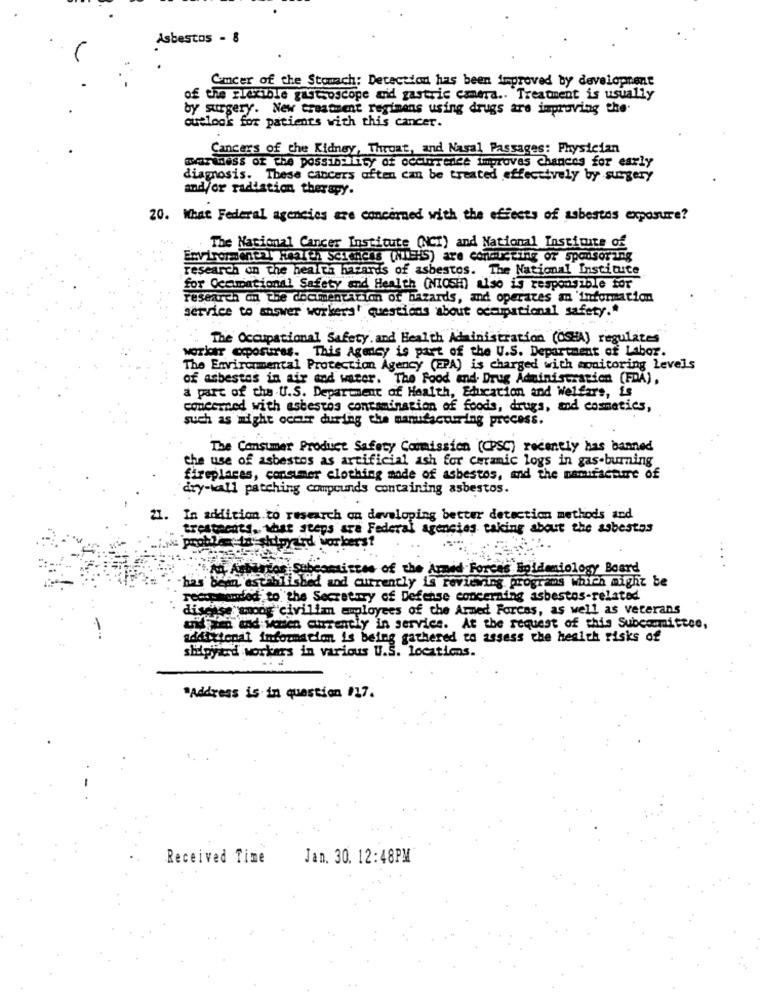
Asbestos - 8
Cancer of the Stomach: Detection has been improved by development
of the Flexible gastroscope aid gastric camera .. Treatment is usually
by surgery. New treatment regimens using drugs are improving the.
outlook for patients with this cancer.
Cancers of the Kidney, Throat, and Nasal Passages: Physician
DATADeSS OF the possibility of occurrence improves chances for early
diagnosis. These cancers often can be treated effectively by surgery
and/or radiation therapy.
20. What Federal agencies are concerned with the effects of asbestos exposure?
The National Cancer Institute (NCI) and National Institute of
Environmental Health sciences (NIEHS) are concreting of sponsoring
research on the health hazards of asbestos. The National Institute
for Ccmmational Safety and Health (NiosH) also is responsible for
research on the documentation of hazards, and operates an 'information
service to answer workers' questions about occupational safety .*
The Occupational Safety and Health Administration (OCHA) regulares
workar exposures. This Agency is part of the U.S. Department of Labor.
The Environmental Protection Agency (EPA) is charged with monitoring Levels
of asbestes in air cod water. The Food and Drug Administration (FDA),
a part of the U.S. Department of Health, Education and Welfare, is
concerned with asbestos contamination of foods, drugs, and cosmetics,
such as might ochir during the manufacturing process.
The Consumer Product Safety Commission (CPSC) recently has banned
the use of asbestos as artificial ash for ceramic logs in gas-burning
fireplaces, consumer clothing made of asbestos, and the manufacture of
dry-wall patching compounds containing asbestos.
21.
In addition to research on developing better detection methods and
treatments. what steps are Federal agencies taking about the asbestos
ix problemashipyard workers?
An Artistos Subcommittee of the Armed Forces Epidemiology Board
-has been es Utilished and currently is reviewing programs which might be
recommended to the Secretary of Defense concerning asbestos-related
disease wmoog civiliz employees of the Armed Forces, as well as veterans
ay;zed did wonen currently in service. At the request of this Subcommittee,
additional information is being gathered to assess the health risks of
shipyard workers in various U.S. locations.
"Address is in question 017.
Received Time
Jan. 30. 12:48PM